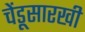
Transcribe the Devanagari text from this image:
चेंडूसारखी